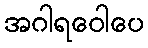
အဂါရဝေါပေ